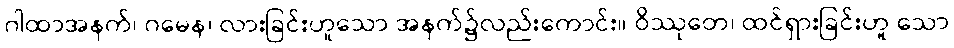
ဂါထာအနက်၊ ဂမေန၊ လားခြင်းဟူသော အနက်၌လည်းကောင်း။ ဝိဿုတေ၊ ထင်ရှားခြင်းဟူ သော